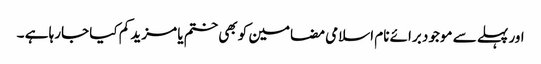
اور پہلے سے موجود برائے نام اسلامی مضامین کو بھی ختم یا مزید کم کیا جارہا ہے ۔